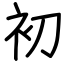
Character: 初